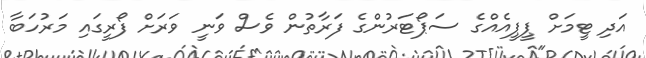
އަދި ޓީމަށް ޕީޕީއެއްގެ ސަޕޯޓަރުންގެ ފަރާތުން ވެސް ވަނީ ވަރަށް ފޯރީގައި މަރުހަބާ